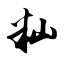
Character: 籼